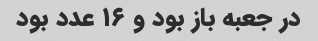
در جعبه باز بود و ۱۶ عدد بود